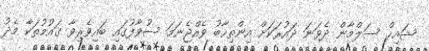
ޝައިހް ސަލްމާން ދެވަނަ ދައުރަކަށް އިންތިހާބު ވެއްޖެނަމަ ސުވާފުގައި ބައިވެރިވާ ގައުމުތަކާ މެދު